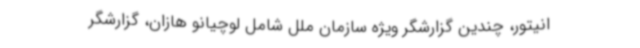
انیتور، چندین گزارشگر ویژه سازمان ملل شامل لوچیانو هازان، گزارشگر